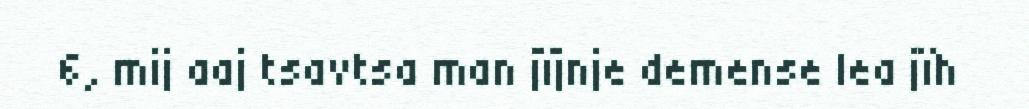
6, mij aaj tsavtsa man jïjnje demense lea jïh